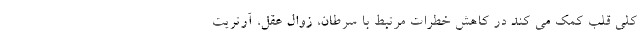
کلی قلب کمک می کند در کاهش خطرات مرتبط با سرطان، زوال عقل، آرتریت